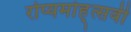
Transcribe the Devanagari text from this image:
रोप्यमोह्त्सवी